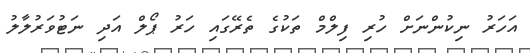
އަހަރު ނިކުންނަށް ހުރި ފިލްމް ތަކުގެ ތެރޭގައި ހަރު ޕޯލް އަދި ނަޓުވަރުލާލު